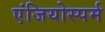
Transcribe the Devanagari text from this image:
एंजियोस्पर्म